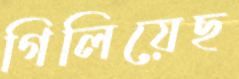
গিলিয়েছ